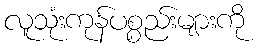
လူသုံးကုန်ပစ္စည်းများကို